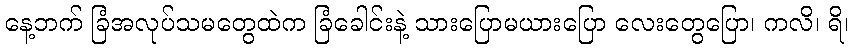
နေ့ဘက် ခြံအလုပ်သမတွေထဲက ခြံခေါင်းနဲ့ သားပြောမယားပြော လေးတွေပြော၊ ကလိ၊ ရိ၊